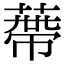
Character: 蔕